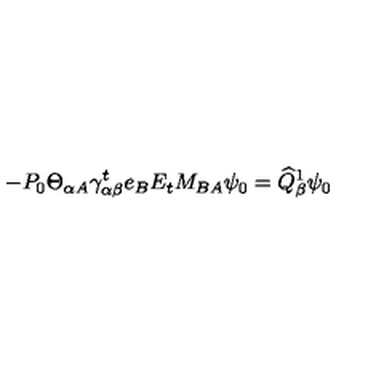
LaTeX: - P _ { 0 } \Theta _ { \alpha A } \gamma _ { \alpha \beta } ^ { t } e _ { B } E _ { t } M _ { B A } \psi _ { 0 } = \widehat { Q } _ { \beta } ^ { 1 } \psi _ { 0 }